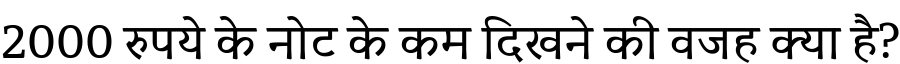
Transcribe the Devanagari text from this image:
2000 रुपये के नोट के कम दिखने की वजह क्या है?